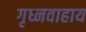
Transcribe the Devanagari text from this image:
गृध्नवाहाय